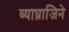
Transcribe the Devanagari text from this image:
व्याघ्राजिने